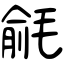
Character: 毹